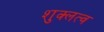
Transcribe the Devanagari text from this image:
शुक्लत्व